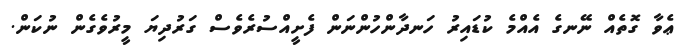
ޢެވާ ގޮތެއް ނޭނގެ އެއްމެ ކުޑައިރު ހަނދާންހުންނަން ފެށީއްސުރެވެސް ގަރުދިޔަ މީރުވެގެން ނުކަން.